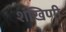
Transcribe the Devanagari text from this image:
शंखिणी